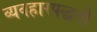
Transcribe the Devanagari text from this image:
व्यवहारपद्धती